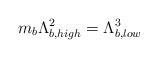
LaTeX: \begin{align*}m_{b}\Lambda_{b,high}^{2} = \Lambda_{b,low}^{3}\end{align*}